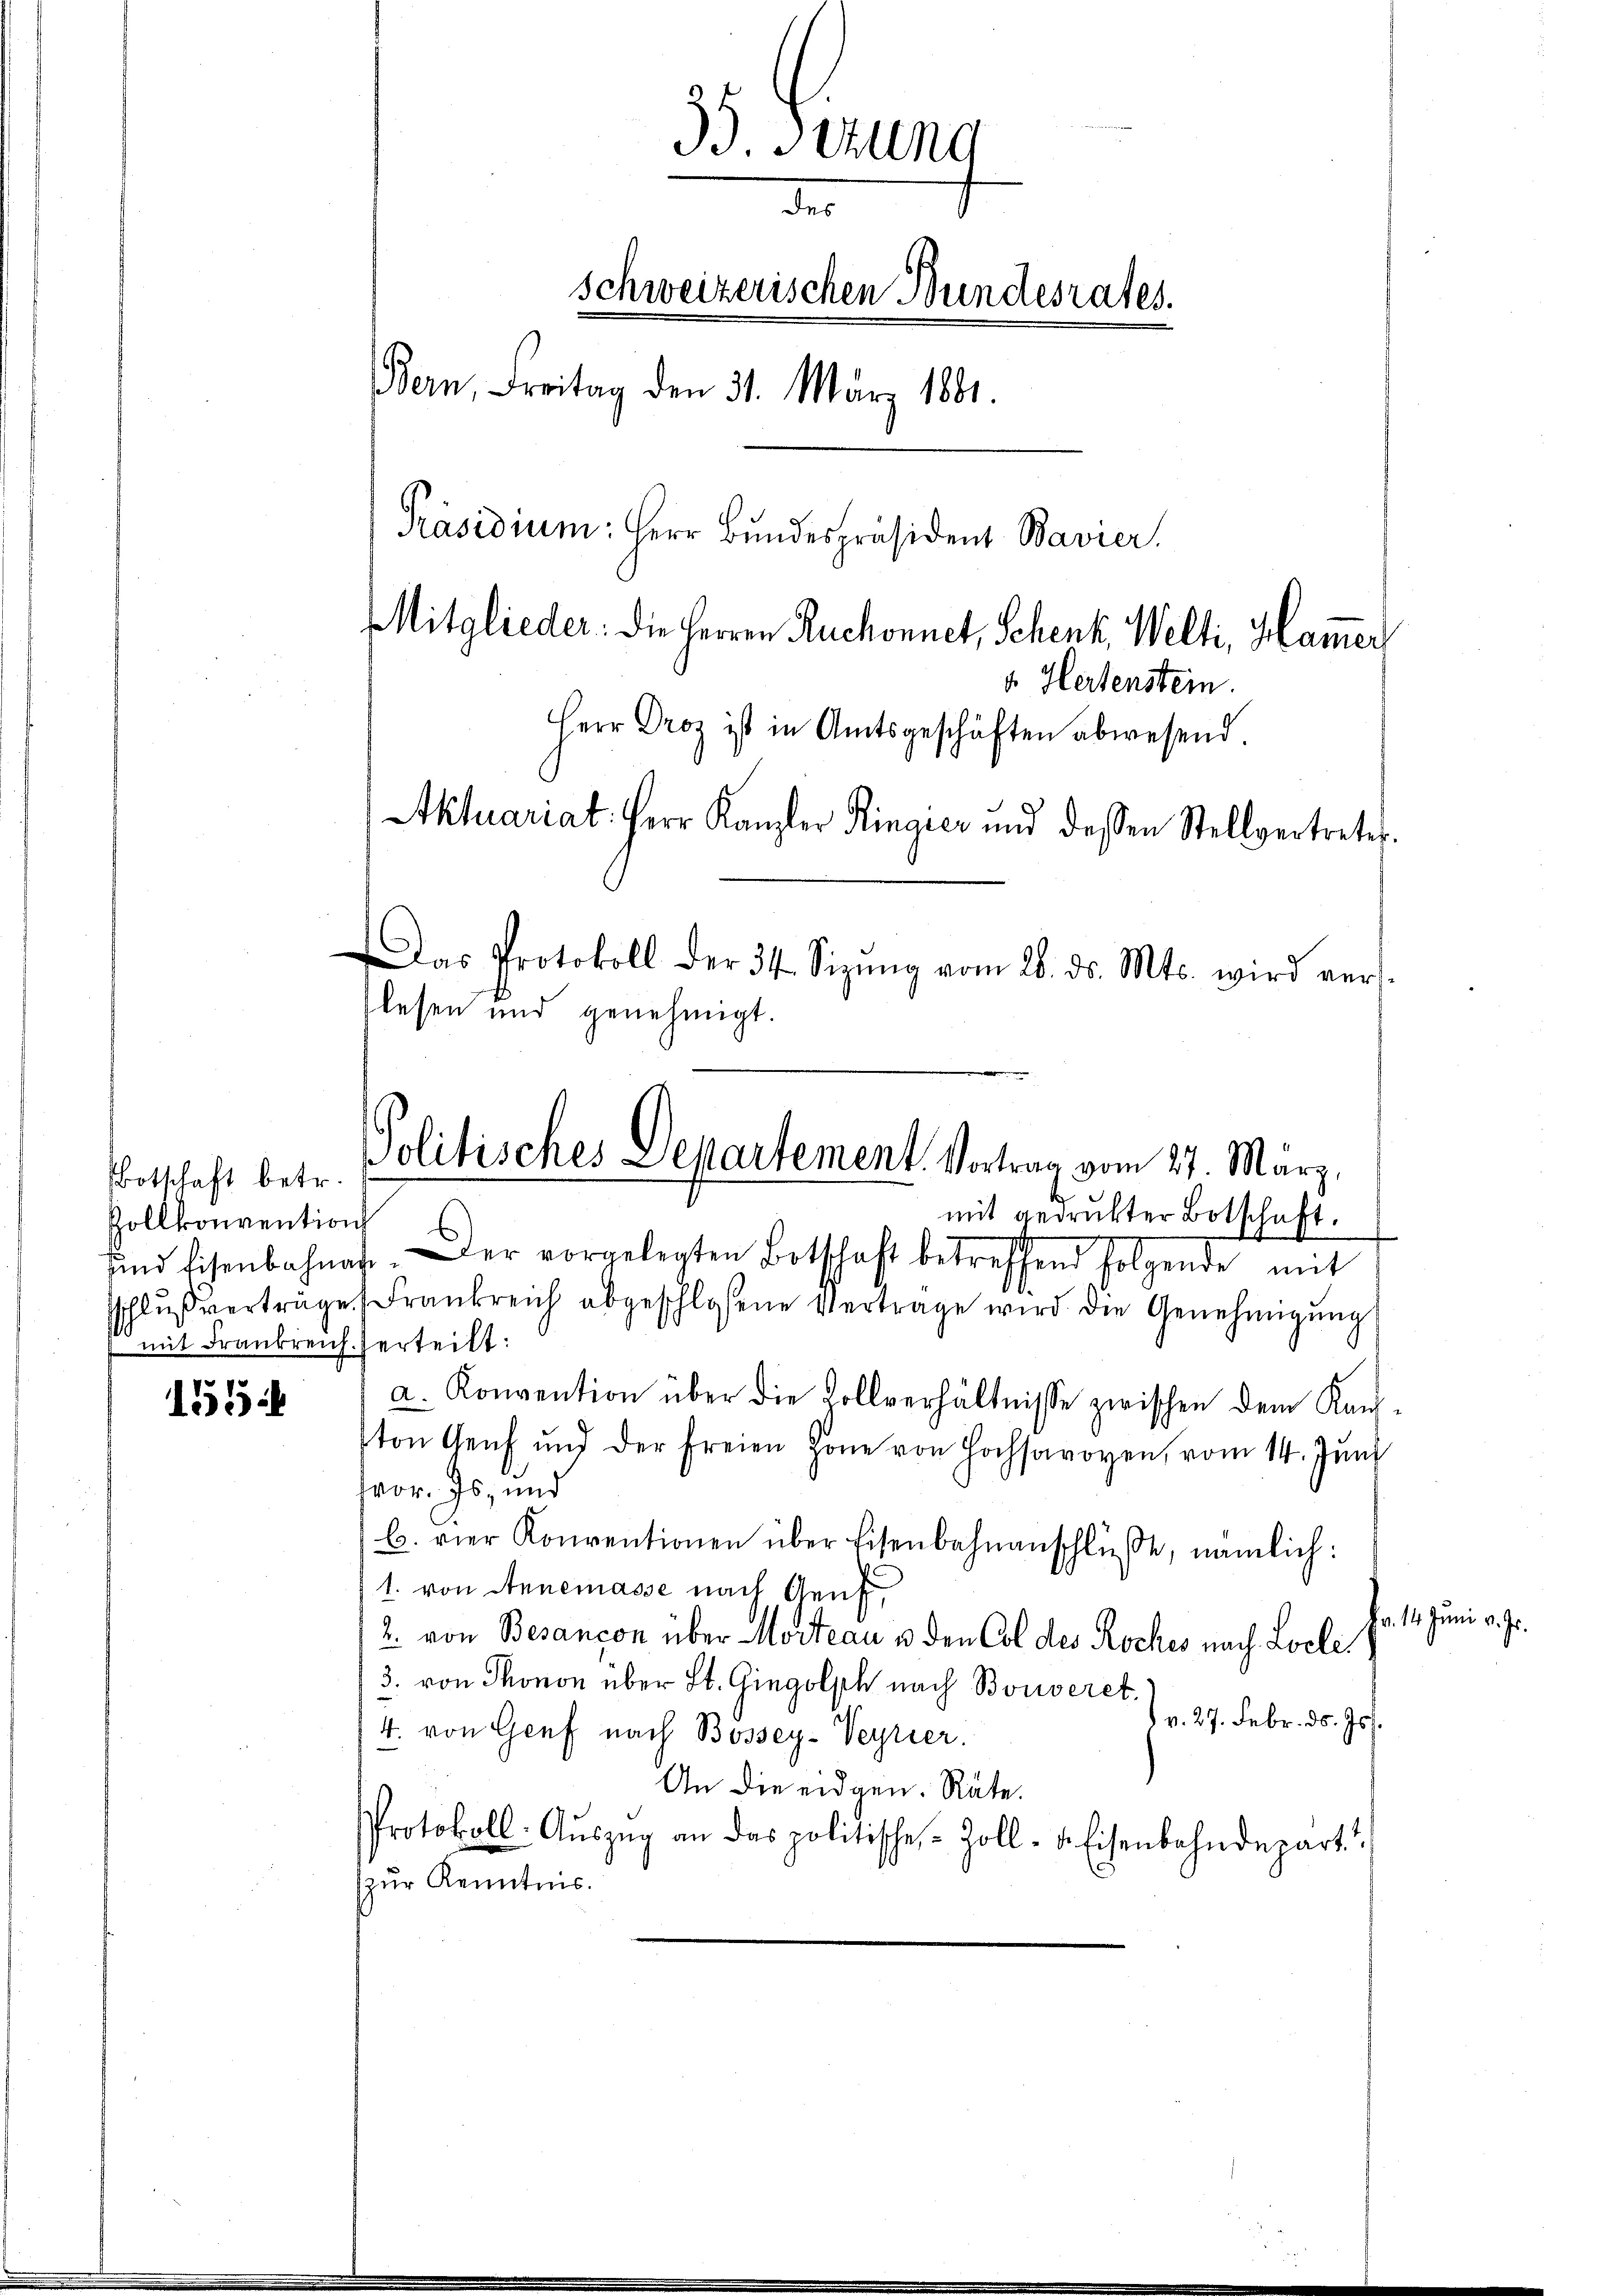
Botschaft betr.
Zollkonvention
 mit Frankreich.

12
ech

39. Sizung
de
schweizerischen Bundesrates.
Bern, Freitag den 31. März 1881.
Präsidium: Herr Bundespräsident Bavier.
Mitglieder: die Herren Ruchonnet, Schenk, Welti, Hammer
v. Hertenstein.
Herr Droz ist in Amtsgeschäften abwesend.
Aktuariat: Herr Kanzler Ringier und dessen Stellvertretes.

Das Protokoll der 34. Sizŭng vom 28. ds. Mts. wird ver
le
se
n und ge
ehm
gt
mit gedruckter Botschaft.
und Eisenbahnat. Der vorgelegten Botschaft betreffend folgende mit
sschlŭβ verträge Frankreich abgeschloßene Vertrage wird die Genehmigŭng
verteilt:
a. Konvention über die Kollverhältnisse zwischen dem Kanton Genf und der freien Zone von Hochsavoyen, vom 14. Jŭni
wor. Js. und
B. vier Konventionen über Eisenbahnanschlüße, nämlich:
1. von Annemasse nach Genf
br.
2. von Besançon über Mosteau u. den Col des Roches nach Locle
3. von Thonon über St. Gingolph nach Bouveret.
d v. 27. Febr. d. Js.
4. von Genf nach Bossey-Verrier.
An die eidgen. Räte.
Protokoll- Aŭszŭg an das politische Zoll- u. Eisenbahndepart
zur Kenntnis.

Politisches Departement. Vortrag vom 27. März,

114. Juni v. Js.